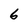
Character: 6